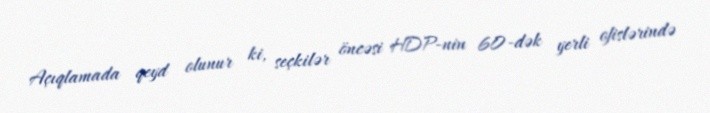
Açıqlamada qeyd olunur ki, seçkilər öncəsi HDP-nin 60-dək yerli ofislərində